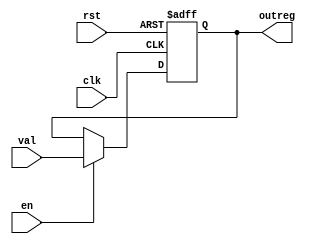
`timescale 1ns/1ns
module Initer (
    clk,
    rst,
    val,
    en,
    outreg
);
    parameter size = 3;
    
    input clk, rst;
    input en;
    input [size-1:0]val;

    output reg [size-1:0]outreg;

    always @(posedge clk, posedge rst) begin
        if(rst)
            outreg = {size{1'b0}};
        
        else if (en)
            outreg = val;
    end

endmodule